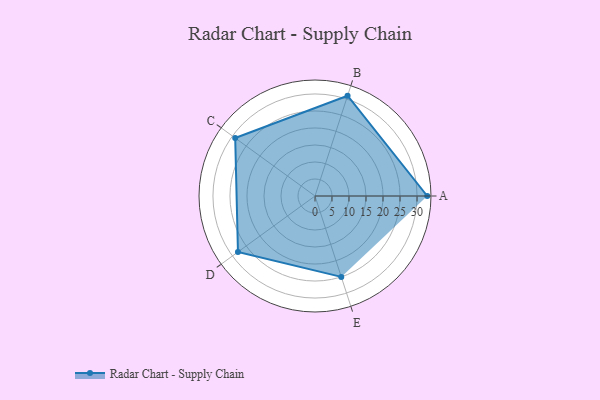
{"axis": {"x": "Skill", "y": "Score"}, "legend": ["Profile"], "data": [{"x": "A", "y": 33.0, "type": "Profile"}, {"x": "B", "y": 31.0, "type": "Profile"}, {"x": "C", "y": 29.0, "type": "Profile"}, {"x": "D", "y": 28.0, "type": "Profile"}, {"x": "E", "y": 25.0, "type": "Profile"}]}